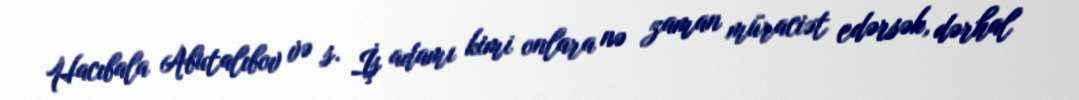
Hacıbala Abutalıbov və s. İş adamı kimi onlara nə zaman müraciət edərsək, dərhal